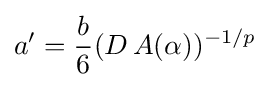
a'={\frac {b}{6}}(D\,A(\alpha ))^{-1/p}